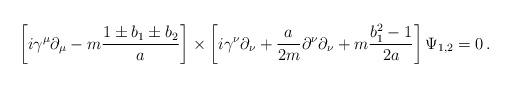
LaTeX: \begin{align*}\left [ i\gamma^\mu \partial_\mu - m {1\pm b_1 \pm b_2 \over a}\right]\times\left [ i\gamma^\nu \partial_\nu + {a\over 2m} \partial^\nu \partial_\nu+ m {b_1^2 -1 \over 2a}\right ] \Psi_{1,2} =0\, .\end{align*}